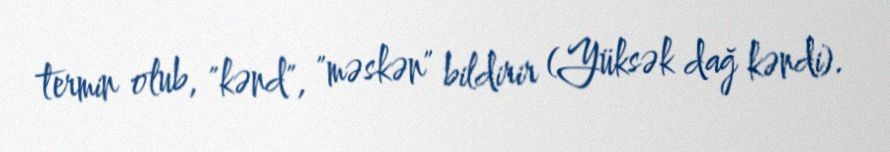
termin olub, "kənd", "məskən" bildirir (Yüksək dağ kəndi).